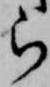
ら